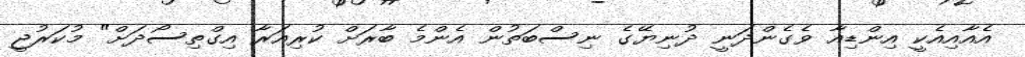
އެއާއިއެކީ އިންޑިއާ ވެގެންދަނީ ދުނިޔޭގެ ނިސްބަތުން އެންމެ ބާރަށް ކުރިއަރާ އިގްތިސޯދަށް" މުކަރުޖީ